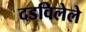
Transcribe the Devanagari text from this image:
दडविलेले